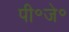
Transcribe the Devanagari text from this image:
पी॰जे॰